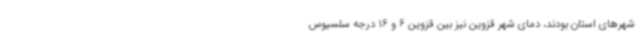
شهرهای استان بودند، دمای شهر قزوین نیز بین قزوین 6 و 16 درجه سلسیوس